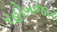
રહોબજાર